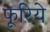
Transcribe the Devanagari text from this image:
फूरिये